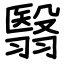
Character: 翳